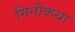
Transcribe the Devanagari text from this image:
मिनीकथा